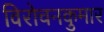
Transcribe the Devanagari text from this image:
विरोचनकुमार